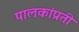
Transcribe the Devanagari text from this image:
पालकांप्रती